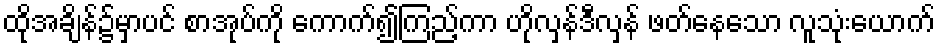
ထိုအချိန်၌မှာပင် စာအုပ်ကို ကောက်၍ကြည့်ကာ ဟိုလှန်ဒီလှန် ဖတ်နေသော လူသုံးယောက်